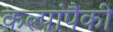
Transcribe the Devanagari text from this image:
कल्पांपैकी